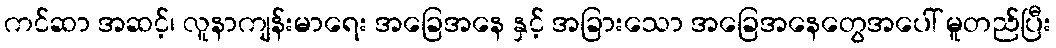
ကင်ဆာ အဆင့်၊ လူနာကျန်းမာရေး အခြေအနေ နှင့် အခြားသော အခြေအနေတွေအပေါ် မူတည်ပြီး